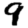
Digit: 9